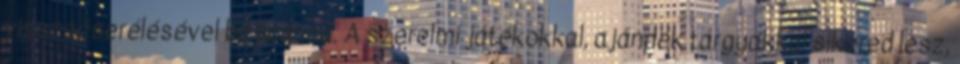
visszacserélésével bajlódnod. A szerelmi játékokkal, ajándék tárgyakkal sikered lesz,